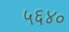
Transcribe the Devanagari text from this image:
५६४०